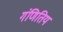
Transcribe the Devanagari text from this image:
गंणितिय